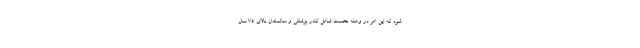
شود که این امر در وهله نخست شامل کادر پزشکی و سالمندان بالای ۷۵ سال